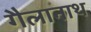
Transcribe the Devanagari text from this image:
गैलानाथ